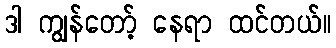
ဒါ ကျွန်တော့် နေရာ ထင်တယ်။